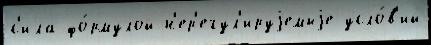
с'ила фо́рмулой н'ер'егул'ируjемыjе усло́в'ий